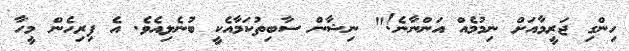
ހިންގި ޖަރީމާއަށް ނިމުމެއް އަންނާނެ!" ނިޝާން ސާބިތުކަމާއެކީ ބުނެލިއެވެ. އެ ފިރިހެން މީހާ